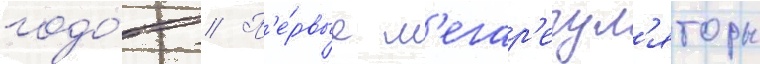
годо́в // П'е́рвые м'егар'егул'яторы